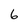
Character: 6